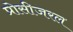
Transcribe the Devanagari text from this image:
प्रोसीजरल